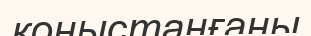
қоныстанғаны